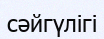
сәйгүлігі